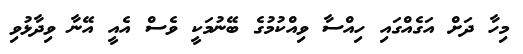
މިހާ ދަށް އަގެއްގައި ހިއްސާ ވިއްކުމުގެ ބޭނުމަކީ ވެސް އެއީ އޭނާ ވިދާޅުވި